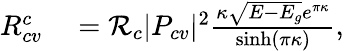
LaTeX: \begin{array}{rl}{R_{cv}^{c}}&{{}=\mathcal{R}_{c}|P_{cv}|^{2}\frac{\kappa\sqrt{E-E_{g}}e^{\pi\kappa}}{\textrm{sinh}(\pi\kappa)},}\end{array}